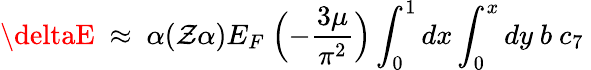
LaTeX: \deltaE~\approx~\alpha(\mathcal{Z}\alpha)E_{F}~\Bigl(-\frac{{3\mu}}{{\pi^{2}}}\Bigr)\int_{0}^{1}{dx}\int_{0}^{x}{dy}~b~c_{7}~